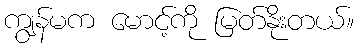
ကျွန်မက မောင့်ကို မြတ်နိုးတယ်။